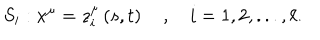
S _ { i } : x ^ { \mu } = z _ { i } ^ { \mu } \left( s , t \right) \quad , \quad i = 1 , 2 , . . . , \ell .